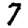
Digit: 7